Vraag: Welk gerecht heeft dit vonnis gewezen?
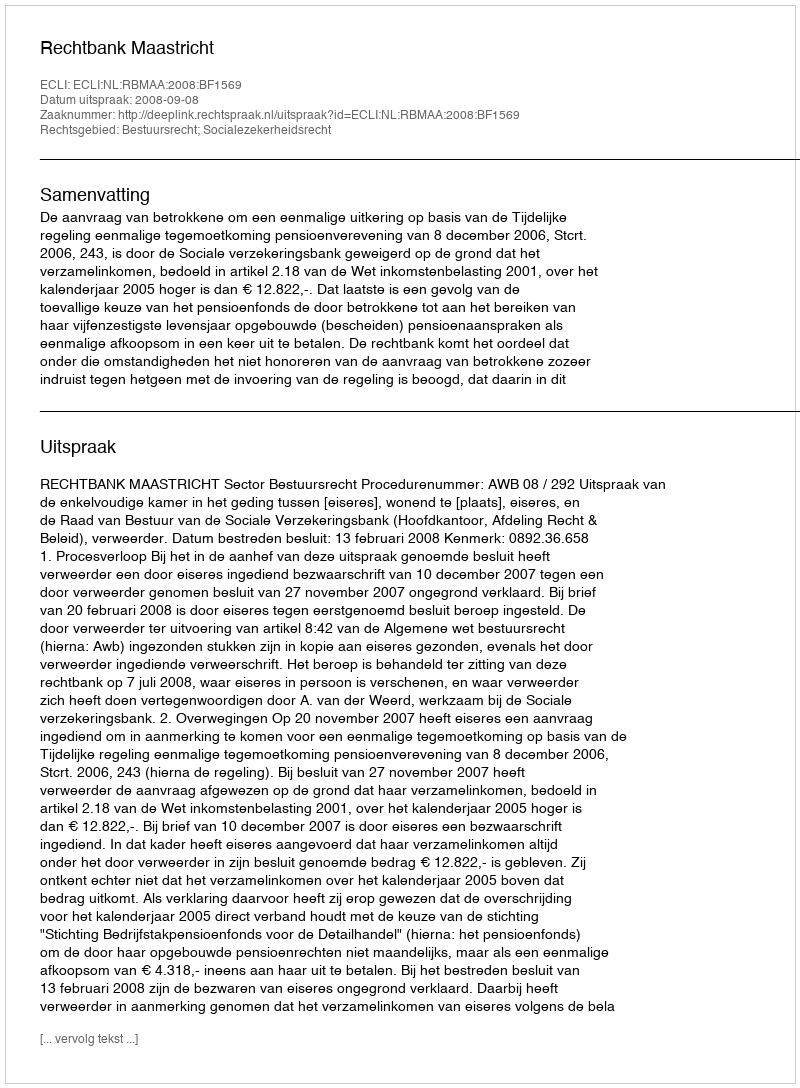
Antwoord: Rechtbank Maastricht